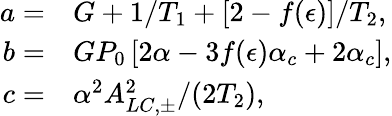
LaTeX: \begin{array}{rl}{a=}&{{}G+1/T_{1}+\left[2-f(\epsilon)\right]/T_{2},}\\ {b=}&{{}GP_{0}\left[2\alpha-3f(\epsilon)\alpha_{c}+2\alpha_{c}\right],}\\ {c=}&{{}\alpha^{2}A_{LC,\pm}^{2}/(2T_{2}),}\end{array}